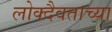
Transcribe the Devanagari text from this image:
लोक्दैवताच्या